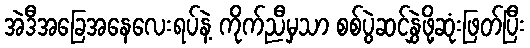
အဲဒီအခြေအနေလေးရပ်နဲ့ ကိုက်ညီမှသာ စစ်ပွဲဆင်နွှဲဖို့ဆုံးဖြတ်ပြီး